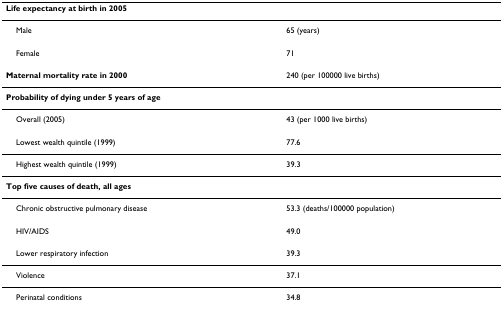
<table><thead><tr><td colspan="2"><b>Life expectancy at birth in 2005</b></td></tr></thead><tbody><tr><td> Male</td><td>65 (years)</td></tr><tr><td> Female</td><td>71</td></tr><tr><td><b>Maternal mortality rate in 2000</b></td><td>240 (per 100000 live births)</td></tr><tr><td colspan="2"><b>Probability of dying under 5 years of age</b></td></tr><tr><td> Overall (2005)</td><td>43 (per 1000 live births)</td></tr><tr><td> Lowest wealth quintile (1999)</td><td>77.6</td></tr><tr><td> Highest wealth quintile (1999)</td><td>39.3</td></tr><tr><td colspan="2"><b>Top five causes of death, all ages</b></td></tr><tr><td> Chronic obstructive pulmonary disease</td><td>53.3 (deaths/100000 population)</td></tr><tr><td> HIV/AIDS</td><td>49.0</td></tr><tr><td> Lower respiratory infection</td><td>39.3</td></tr><tr><td> Violence</td><td>37.1</td></tr><tr><td> Perinatal conditions</td><td>34.8</td></tr></tbody></table>